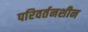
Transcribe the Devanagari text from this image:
परिवर्तनशीन